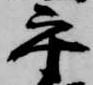
守